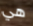
هي